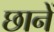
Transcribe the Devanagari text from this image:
छानें